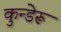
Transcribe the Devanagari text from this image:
कुन्डेरू